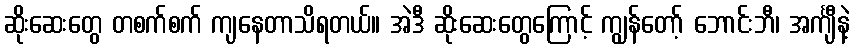
ဆိုးဆေးတွေ တစက်စက် ကျနေတာသိရတယ်။ အဲဒီ ဆိုးဆေးတွေကြောင့် ကျွန်တော့် ဘောင်းဘီ၊ အင်္ကျီနဲ့